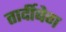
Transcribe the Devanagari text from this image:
तार्दीबेग